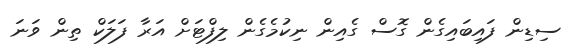
ސިޑިން ފައިބައިގެން ގޮސް ގެއިން ނިކުމެގެން ލިފްޓަށް އަރާ ފަލަކް ތިން ވަނަ